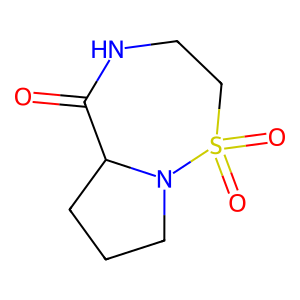
SMILES: O=C1NCCS(=O)(=O)N2CCCC12
Inhibits HIV replication: No